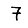
Digit: 7